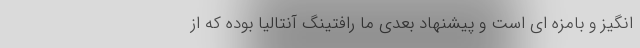
انگیز و بامزه ای است و پیشنهاد بعدی ما رافتینگ آنتالیا بوده که از